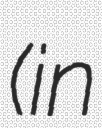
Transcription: (in